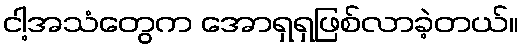
ငါ့အသံတွေက အောရှရှဖြစ်လာခဲ့တယ်။